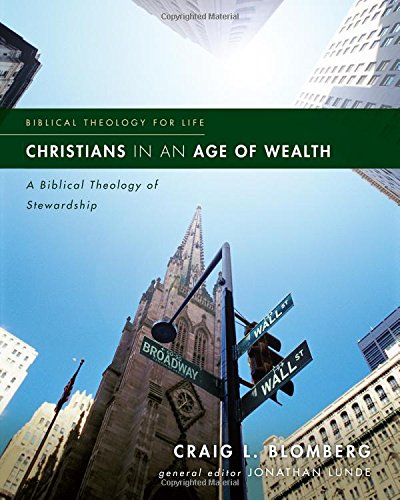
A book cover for Christians in an Age of Wealth: A Biblical Theology of Stewardship (Biblical Theology for Life); Craig L. Blomberg; Christian Books & Bibles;